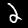
Label: 2